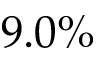
9 . 0 \%